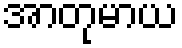
အာတုမာယ